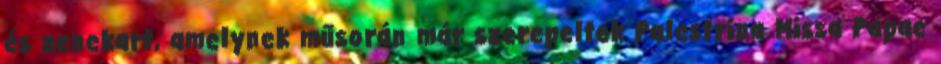
és zenekart, amelynek műsorán már szerepeltek Palestrina Missa Papae